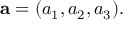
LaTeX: \mathbf { a } = ( a _ { 1 } , a _ { 2 } , a _ { 3 } ) .